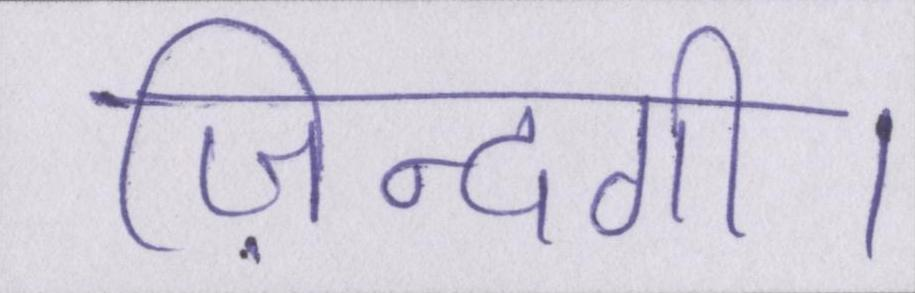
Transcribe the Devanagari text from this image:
ज़िन्दगी।